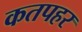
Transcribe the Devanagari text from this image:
कतपहर